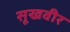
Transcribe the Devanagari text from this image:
सूखवीर